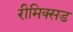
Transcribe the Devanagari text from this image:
रीमिक्सड